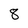
Character: 8